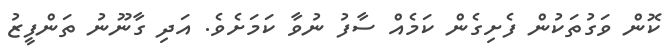
ކޮން ވަގުތަކުން ފެށިގެން ކަމެއް ސާފު ނުވާ ކަމަށެވެ. އަދި ގާނޫނު ތަންފީޒު